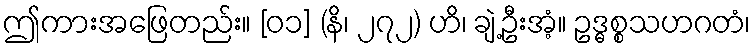
ဤကားအဖြေတည်း။ [၀၁] (နိ၊ ၂၇၂) ဟိ၊ ချဲ့ဦးအံ့။ ဥဒ္ဓစ္စသဟဂတံ၊